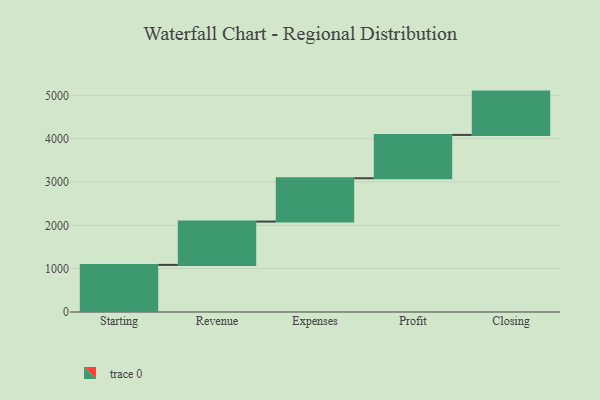
{"axis": {"x": "Step", "y": "Value"}, "legend": [""], "data": [{"x": "Starting", "y": 1087.0, "type": ""}, {"x": "Revenue", "y": 1000, "type": ""}, {"x": "Expenses", "y": 1000, "type": ""}, {"x": "Profit", "y": 1000, "type": ""}, {"x": "Closing", "y": 1000, "type": ""}]}